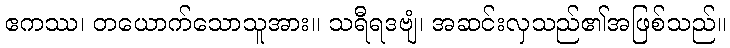
ဧကဿ၊ တယောက်သောသူအား။ သရီရဒဗျံ၊ အဆင်းလှသည်၏အဖြစ်သည်။